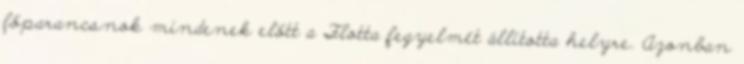
főparancsnok mindenek előtt a Flotta fegyelmét állította helyre. Azonban